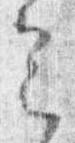
定